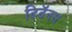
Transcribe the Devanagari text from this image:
टिटॅनस